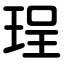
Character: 珵